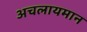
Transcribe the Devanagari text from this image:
अचलायमान